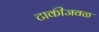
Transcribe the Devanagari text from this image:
टाकीजवळ